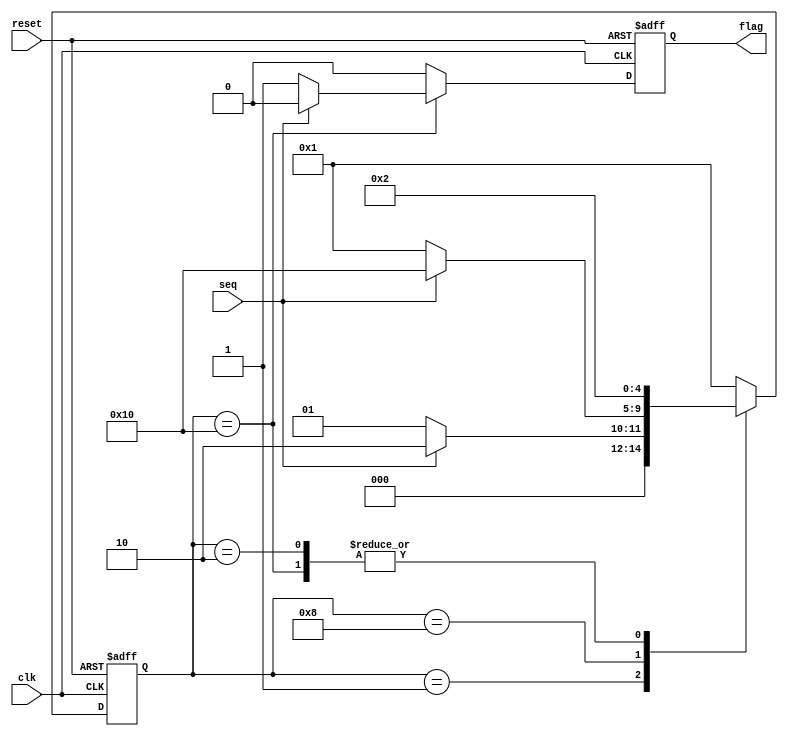
module seq_detect(output reg flag, input clk, reset, seq);
    parameter   IDLE = 5'b0_0001, A = 5'b0_0010, B = 5'b0_0010,
                   C = 5'b0_1000, D = 5'b1_0000;
    reg [4:0] state;
    always @(posedge clk, negedge reset) begin
        if(!reset)  begin   flag <= 1'b0;   state <= IDLE;  end
        else begin
            case (state)
                IDLE:   if(seq) begin   flag <= 1'b0;   state <= A; end
                        else    begin   flag <= 1'b0;   state <= IDLE;   end
                   A:   if(seq) begin   flag <= 1'b0;   state <= A; end
                        else    begin   flag <= 1'b0;   state <= B;  end
                   B:   if(seq) begin   flag <= 1'b0;   state <= A; end
                        else    begin   flag <= 1'b0;   state <= C;   end
                   C:   if(seq) begin   flag <= 1'b0;   state <= D; end
                        else    begin   flag <= 1'b0;   state <= IDLE;   end
                   D:   if(seq) begin   flag <= 1'b0;   state <= A; end
                        else    begin   flag <= 1'b1;   state <= B;   end
                default:        begin   flag <= 1'b0;   state <= IDLE;  end
            endcase
        end
    end
endmodule